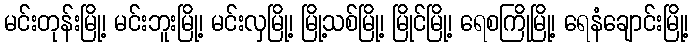
မင်းတုန်းမြို့၊ မင်းဘူးမြို့၊ မင်းလှမြို့၊ မြို့သစ်မြို့၊ မြိုင်မြို့၊ ရေစကြိုမြို့၊ ရေနံချောင်းမြို့၊